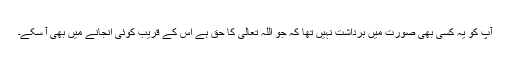
آپؐ کو یہ کسی بھی صورت میں برداشت نہیں تھا کہ جو اللہ تعالیٰ کا حق ہے اس کے قریب کوئی انجانے میں بھی آ سکے۔